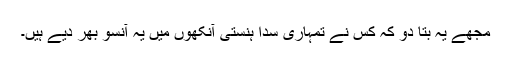
مجھے یہ بتا دو کہ کس نے تمہاری سدا ہنستی آنکھوں میں یہ آنسو بھر دیے ہیں۔